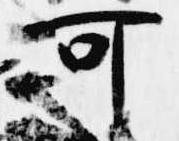
可